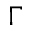
\Gamma